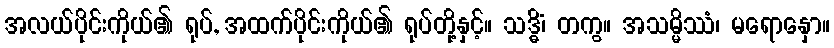
အလယ်ပိုင်းကိုယ်၏ ရုပ်, အထက်ပိုင်းကိုယ်၏ ရုပ်တို့နှင့်။ သဒ္ဓိံ၊ တကွ။ အသမ္မိဿံ၊ မရောနှော။